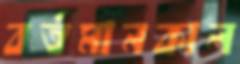
বর্তমানকাল